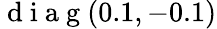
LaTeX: \mathrm{~d~i~a~g~}(0.1,-0.1)